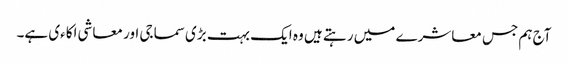
آج ہم جس معاشرے میں رہتے ہیں وہ ایک بہت بڑی سماجی اور معاشی اکاءی ہے۔